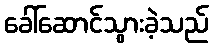
ခေါ်ဆောင်သွားခဲ့သည်